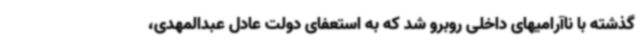
گذشته با ناآرامیهای داخلی روبرو شد که به استعفای دولت عادل عبدالمهدی،